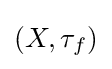
\left(X,\tau _{f}\right)